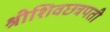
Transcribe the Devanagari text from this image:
श्रीशिवछत्रपती